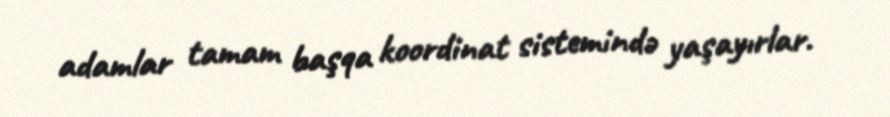
adamlar tamam başqa koordinat sistemində yaşayırlar.